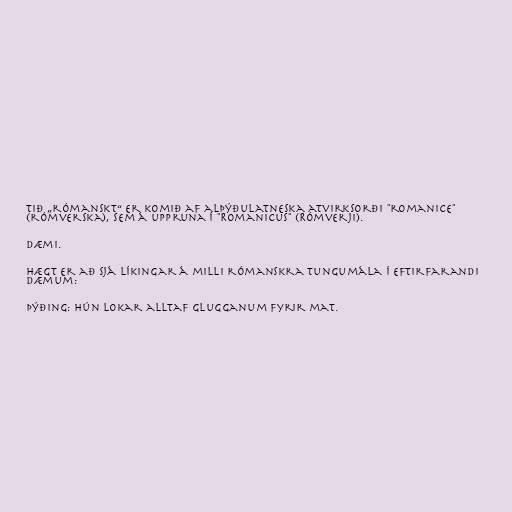
tið „rómanskt“ er komið af alþýðulatneska atvirksorði "romanice"
(rómverska), sem á uppruna í "Romanicus" (Rómverji).

Dæmi.

Hægt er að sjá líkingar á milli rómanskra tungumála í eftirfarandi
dæmum:

Þýðing: Hún lokar alltaf glugganum fyrir mat.